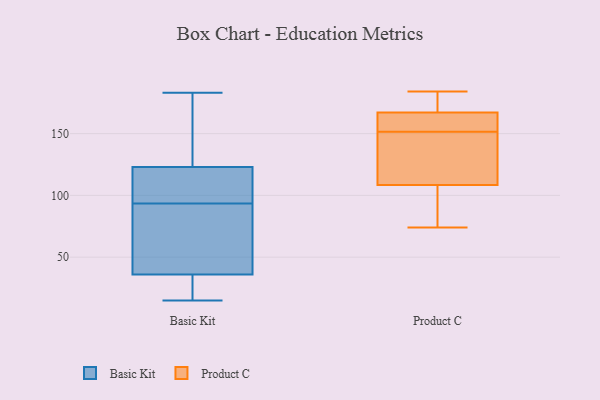
{"axis": {"x": "Shipments", "y": "Value"}, "legend": ["Basic Kit", "Product C"], "data": [{"x": "", "y": 92, "type": "Basic Kit"}, {"x": "", "y": 95, "type": "Basic Kit"}, {"x": "", "y": 41, "type": "Basic Kit"}, {"x": "", "y": 150, "type": "Basic Kit"}, {"x": "", "y": 36, "type": "Basic Kit"}, {"x": "", "y": 77, "type": "Basic Kit"}, {"x": "", "y": 123, "type": "Basic Kit"}, {"x": "", "y": 105, "type": "Basic Kit"}, {"x": "", "y": 15, "type": "Basic Kit"}, {"x": "", "y": 15, "type": "Basic Kit"}, {"x": "", "y": 155, "type": "Basic Kit"}, {"x": "", "y": 183, "type": "Basic Kit"}, {"x": "", "y": 32, "type": "Basic Kit"}, {"x": "", "y": 179, "type": "Basic Kit"}, {"x": "", "y": 95, "type": "Basic Kit"}, {"x": "", "y": 48, "type": "Basic Kit"}, {"x": "", "y": 34, "type": "Basic Kit"}, {"x": "", "y": 105, "type": "Basic Kit"}, {"x": "", "y": 100, "type": "Product C"}, {"x": "", "y": 154, "type": "Product C"}, {"x": "", "y": 172, "type": "Product C"}, {"x": "", "y": 149, "type": "Product C"}, {"x": "", "y": 125, "type": "Product C"}, {"x": "", "y": 162, "type": "Product C"}, {"x": "", "y": 156, "type": "Product C"}, {"x": "", "y": 174, "type": "Product C"}, {"x": "", "y": 117, "type": "Product C"}, {"x": "", "y": 84, "type": "Product C"}, {"x": "", "y": 74, "type": "Product C"}, {"x": "", "y": 184, "type": "Product C"}]}